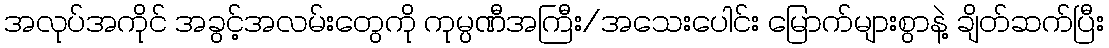
အလုပ်အကိုင် အခွင့်အလမ်းတွေကို ကုမ္ပဏီအကြီး/အသေးပေါင်း မြောက်များစွာနဲ့ ချိတ်ဆက်ပြီး